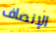
الإنصاف